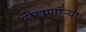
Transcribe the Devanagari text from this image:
लेखणाऱ्या